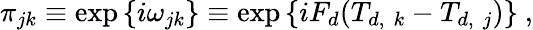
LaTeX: \pi_{jk}\equiv\exp{\{ i\omega_{jk}\} }\equiv\exp{\{ iF_{d}(T_{d,\, \, k}-T_{d,\, \, j})\} }\ ,